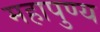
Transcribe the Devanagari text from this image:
महापुण्य